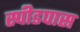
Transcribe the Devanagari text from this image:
स्पीडपास